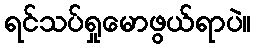
ရင်သပ်ရှုမောဖွယ်ရာပဲ။